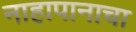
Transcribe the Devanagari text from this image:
नाहापानाचा